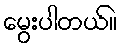
မွေးပါတယ်။